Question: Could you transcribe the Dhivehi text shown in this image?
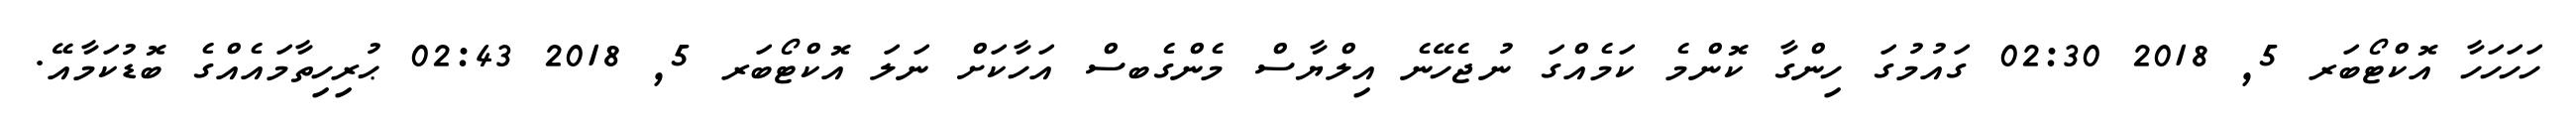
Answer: ހަހަހަހާ އޮކްޓޯބަރ 5, 2018 02:30 ގައުމުގަ ހިންގާ ކޮންމެ ކަމެއްގަ ނުޖެހޭނެ އިލްޔާސް މެންގެބސް އަހާކަށް ނަލަ އޮކްޓޯބަރ 5, 2018 02:43 ޙުރިހިތާމައެއްގެ ބޮޑުކަމާއޭ.